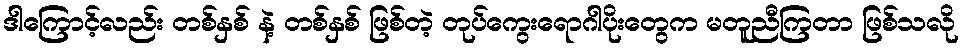
ဒါကြောင့်လည်း တစ်နှစ် နဲ့ တစ်နှစ် ဖြစ်တဲ့ တုပ်ကွေးရောဂါပိုးတွေက မတူညီကြတာ ဖြစ်သလို